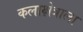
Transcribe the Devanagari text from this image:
कलाक्षेत्राला